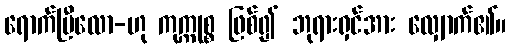
ရောက်ပြီလော-ဟု ကုက္ကုစ္စ ဖြစ်၍ ဘုရားရှင်အား လျှောက်၏။